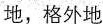
地;格外地